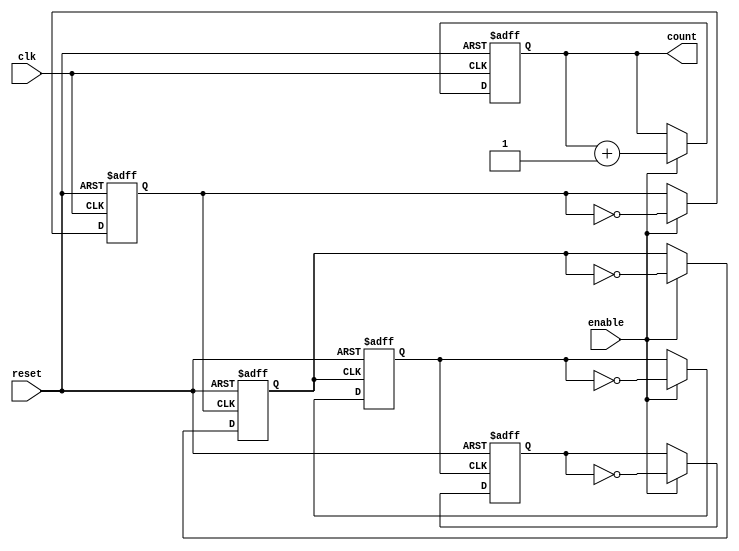
module async_counter #(parameter N = 4) (
    input wire clk,          // Clock input for the LSB
    input wire reset,        // Asynchronous reset
    input wire enable,       // Enable signal
    output reg [N-1:0] count // N-bit counter output
);

// Always block for the asynchronous counter
always @(posedge clk or posedge reset) begin
    if (reset) begin
        count <= 0; // Reset the counter to 0
    end else if (enable) begin
        // Increment the counter
        count <= count + 1;
    end
end

// Generate the ripple effect for the T flip-flops
genvar i;
generate
    for (i = 0; i < N; i = i + 1) begin : flip_flops
        if (i == 0) begin
            // LSB flip-flop triggered by the external clock
            always @(posedge clk or posedge reset) begin
                if (reset) begin
                    count[i] <= 0;
                end else if (enable) begin
                    count[i] <= ~count[i]; // Toggle LSB
                end
            end
        end else begin
            // Other flip-flops triggered by the previous flip-flop
            always @(posedge count[i-1] or posedge reset) begin
                if (reset) begin
                    count[i] <= 0;
                end else if (enable) begin
                    count[i] <= ~count[i]; // Toggle on previous bit's change
                end
            end
        end
    end
endgenerate

endmodule